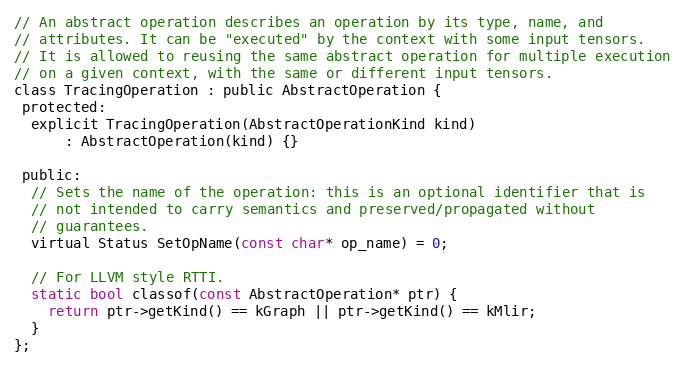
Language: C
// An abstract operation describes an operation by its type, name, and
// attributes. It can be "executed" by the context with some input tensors.
// It is allowed to reusing the same abstract operation for multiple execution
// on a given context, with the same or different input tensors.
class TracingOperation : public AbstractOperation {
 protected:
  explicit TracingOperation(AbstractOperationKind kind)
      : AbstractOperation(kind) {}

 public:
  // Sets the name of the operation: this is an optional identifier that is
  // not intended to carry semantics and preserved/propagated without
  // guarantees.
  virtual Status SetOpName(const char* op_name) = 0;

  // For LLVM style RTTI.
  static bool classof(const AbstractOperation* ptr) {
    return ptr->getKind() == kGraph || ptr->getKind() == kMlir;
  }
};